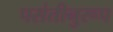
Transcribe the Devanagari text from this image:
पसंतीनुरूप